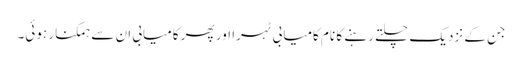
جن کے نزدیک چلتے رہنے کا نام کامیابی ٹہرا اور پھر کامیابی ان سے ہمکنار ہوئی۔